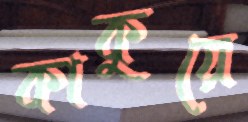
কাকুয়ে